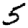
Digit: 5